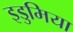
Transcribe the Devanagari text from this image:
इडुमिया